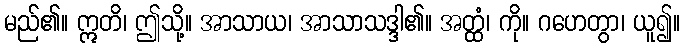
မည်၏။ ဣတိ၊ ဤသို့။ အာသာယ၊ အာသာသဒ္ဒါ၏။ အတ္ထံ၊ ကို။ ဂဟေတွာ၊ ယူ၍။